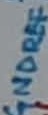
Text: GNDREF